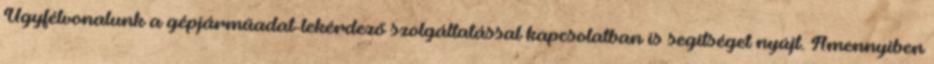
Ügyfélvonalunk a gépjárműadat-lekérdező szolgáltatással kapcsolatban is segítséget nyújt. Amennyiben